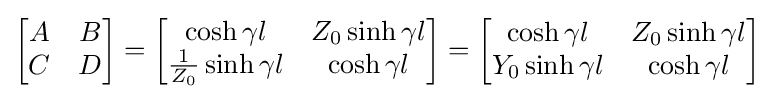
{\begin{bmatrix}A&B\\C&D\end{bmatrix}}={\begin{bmatrix}\cosh \gamma l&Z_{0}\sinh {\gamma l}\\{\frac {1}{Z_{0}}}\sinh \gamma l&\cosh \gamma l\end{bmatrix}}={\begin{bmatrix}\cosh \gamma l&Z_{0}\sinh {\gamma l}\\Y_{0}\sinh \gamma l&\cosh \gamma l\end{bmatrix}}